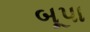
બૂપા